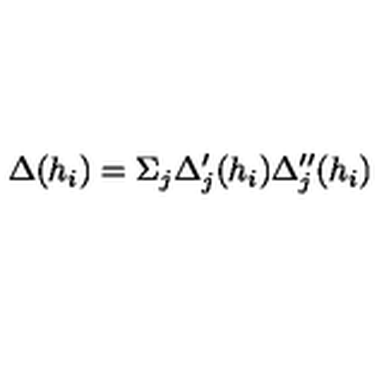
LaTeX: \Delta ( h _ { i } ) = \Sigma _ { j } \Delta _ { j } ^ { \prime } ( h _ { i } ) \Delta _ { j } ^ { \prime \prime } ( h _ { i } )